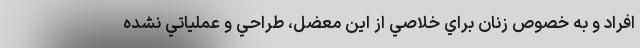
افراد و به‌ خصوص زنان براي خلاصي از اين معضل، طراحي و عملياتي نشده